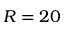
R = 2 0